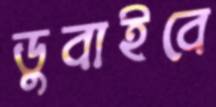
ডুবাইবে